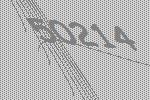
50214